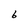
Character: 6